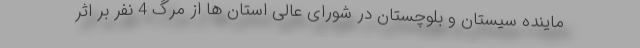
ماینده سیستان و بلوچستان در شورای عالی استان ها از مرگ 4 نفر بر اثر